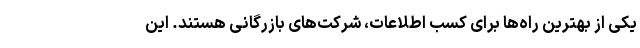
یکی از بهترین راه‌ها برای کسب اطلاعات، شرکت‌های بازرگانی هستند. این